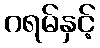
ဂရမ်နှင့်